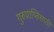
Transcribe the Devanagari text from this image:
गुरुप्राप्तिसाठी